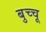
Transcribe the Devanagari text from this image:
बुच्चू